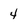
Character: 4